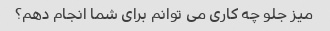
میز جلو چه کاری می توانم برای شما انجام دهم؟